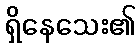
ရှိနေသေး၏